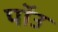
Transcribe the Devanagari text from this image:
पॉउ